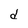
Character: d